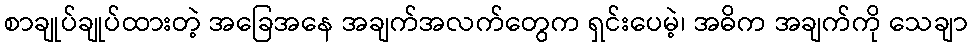
စာချုပ်ချုပ်ထားတဲ့ အခြေအနေ အချက်အလက်တွေက ရှင်းပေမဲ့၊ အဓိက အချက်ကို သေချာ